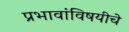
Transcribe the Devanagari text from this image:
प्रभावांविषयीचे